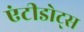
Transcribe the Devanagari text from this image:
एंटीडोट्स